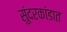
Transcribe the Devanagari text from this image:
सुंदरकांडात